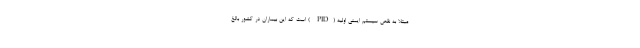
مبتلا به نقص سیستم ایمنی اولیه (PID ) است که این بیماران در کشور بالغ